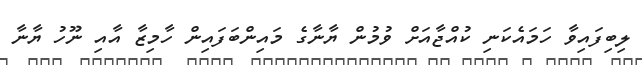
ލިބިފައިވާ ހަމައެކަނި ކުއްޖާއަށް ވުމުން ޔާނާގެ މައިންބަފައިން ހާމިޒާ އާއި ނޫހު ޔާނާ